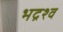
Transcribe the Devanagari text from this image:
भद्रश्व